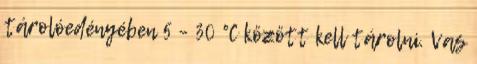
tárolóedényében 5 – 30 °C között kell tárolni. Vas